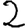
Digit: 2